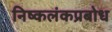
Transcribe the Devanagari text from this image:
निष्कलंकप्रबोध